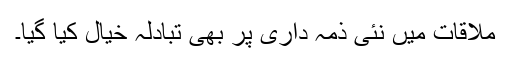
ملاقات میں نئی ذمہ داری پر بھی تبادلہ خیال کیا گیا۔